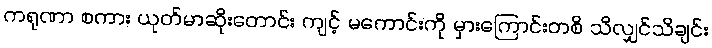
ကရုဏာ စကား ယုတ်မာဆိုးတောင်း ကျင့် မကောင်းကို မှားကြောင်းတစိ သိလျှင်သိချင်း